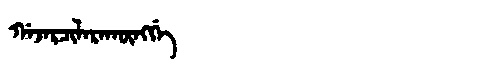
Manchu: ᡤᠠᠵᠠᡵᠴᡳᠯᠠᡵᠠᡴᡡᠩᡤᡝ
Romanization: GAJARCILARAKŪNGGE